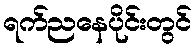
ရက်ညနေပိုင်းတွင်